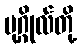
ပုဂ္ဂိုလ်တို့